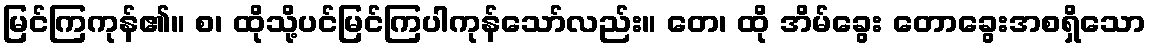
မြင်ကြကုန်၏။ စ၊ ထိုသို့ပင်မြင်ကြပါကုန်သော်လည်း။ တေ၊ ထို အိမ်ခွေး တောခွေးအစရှိသော